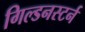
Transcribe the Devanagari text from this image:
गिल्डनस्टर्न